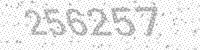
Solution: 256257